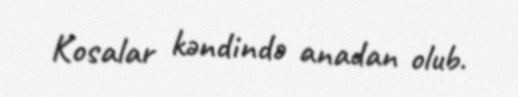
Kosalar kəndində anadan olub.